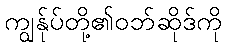
ကျွန်ုပ်တို့၏ဝဘ်ဆိုဒ်ကို